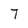
Character: 7